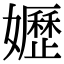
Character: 𡤌